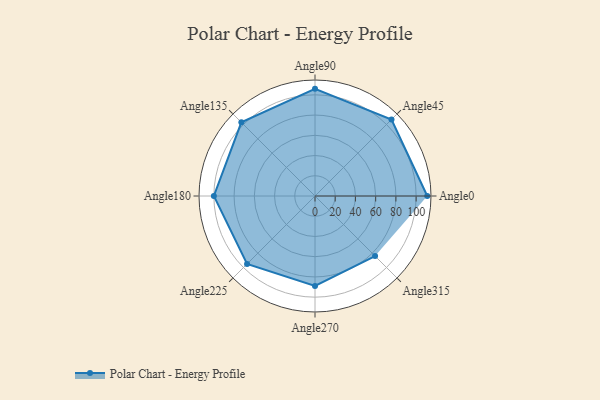
{"axis": {"x": "Angle", "y": "Radius"}, "legend": [""], "data": [{"x": "Angle0", "y": 111.0, "type": ""}, {"x": "Angle45", "y": 107.0, "type": ""}, {"x": "Angle90", "y": 106.0, "type": ""}, {"x": "Angle135", "y": 103.0, "type": ""}, {"x": "Angle180", "y": 100.0, "type": ""}, {"x": "Angle225", "y": 95.0, "type": ""}, {"x": "Angle270", "y": 89.0, "type": ""}, {"x": "Angle315", "y": 84.0, "type": ""}]}